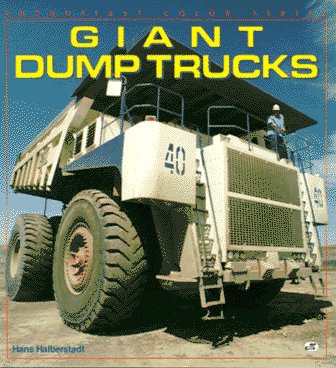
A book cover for Giant Dump Trucks (Enthusiast Color Series); Hans Halberstadt; Engineering & Transportation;